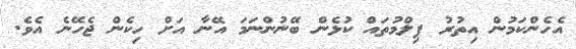
އެހެންކަމުން އިތުރު ފިލްމުތައް ކުޅެން ބޭނުންނަމަ އޭނާ އަށް ހިކެން ޖެހޭނެ އެވެ.